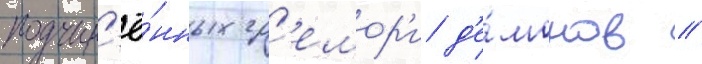
подчин'ё́нных гр'емор'и д'е́монов //